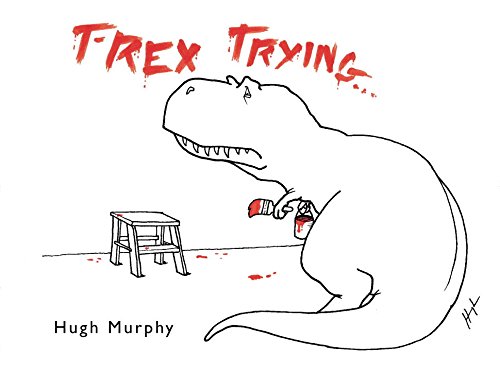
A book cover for T-Rex Trying; Hugh Murphy; Comics & Graphic Novels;